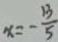
x = - \frac { 1 3 } { 5 }